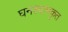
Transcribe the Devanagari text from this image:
घनश्यामकृत